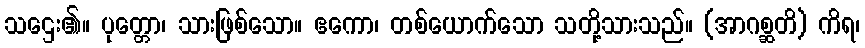
သဌေး၏။ ပုတ္တော၊ သားဖြစ်သော။ ဧကော၊ တစ်ယောက်သော သတို့သားသည်။ (အာဂစ္ဆတိ) ကိရ၊